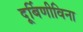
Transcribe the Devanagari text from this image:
दूर्बिणीविना